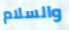
والسلام